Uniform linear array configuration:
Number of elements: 8
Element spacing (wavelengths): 1
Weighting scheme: hann
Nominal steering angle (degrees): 15
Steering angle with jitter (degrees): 13.724
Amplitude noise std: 0.05
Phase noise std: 0.05

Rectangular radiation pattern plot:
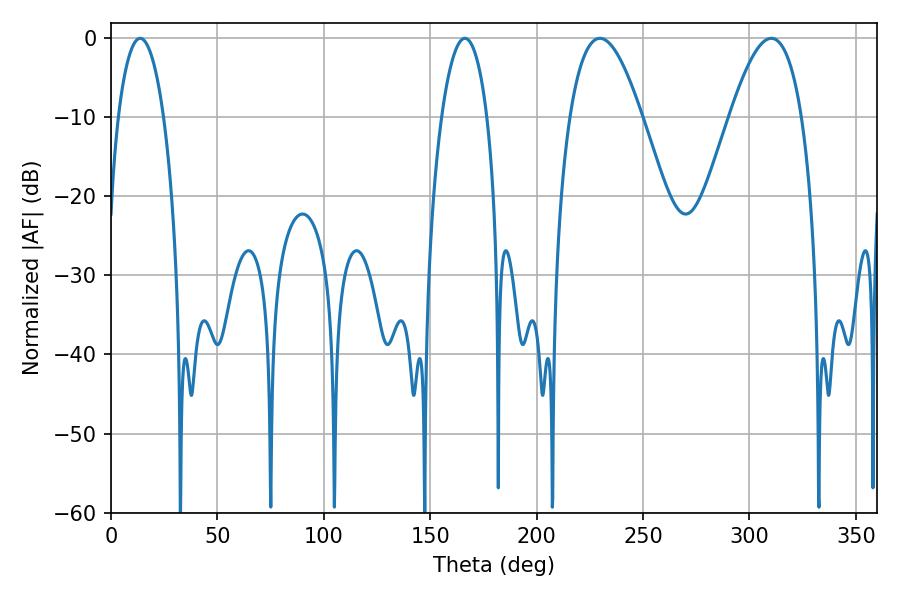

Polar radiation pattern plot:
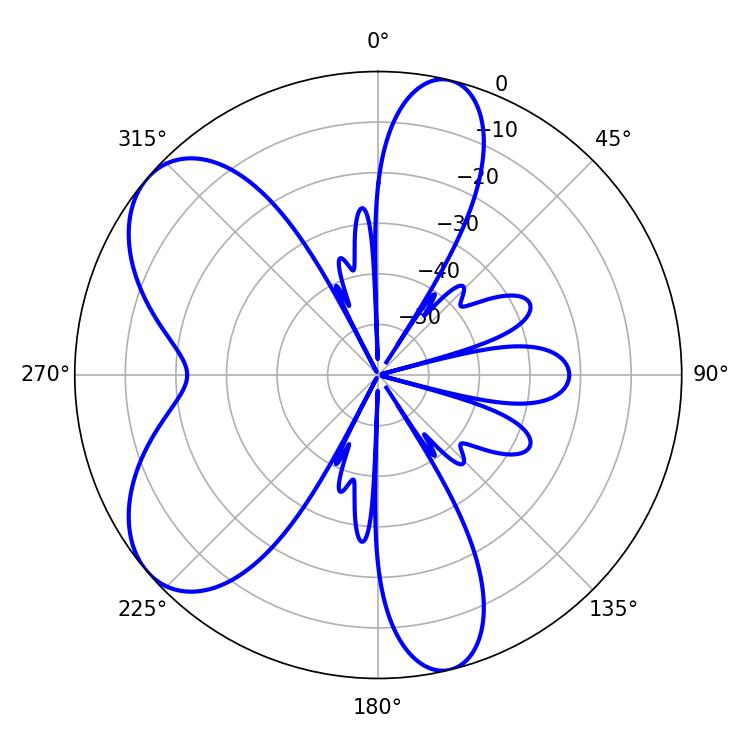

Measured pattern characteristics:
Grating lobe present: TRUE
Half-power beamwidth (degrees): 12.06
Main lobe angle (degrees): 13.68